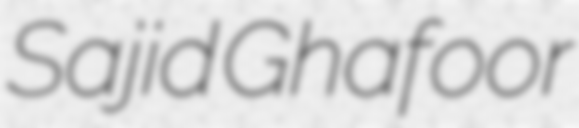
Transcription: Sajid Ghafoor